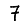
Digit: 7